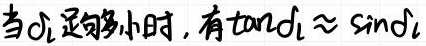
当$\alpha _{1}$足够小时，有$\tan\alpha _{1}\approx \sin\alpha _{1}$